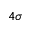
4 \sigma